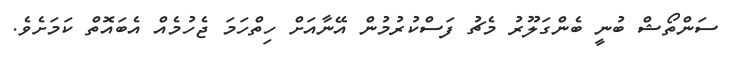
ސަންތޯޝް ބުނީ ބެންގަލޫރު މެޗު ފަސްކުރުމުން އޭނާއަށް ހިތްހަމަ ޖެހުމެއް އެބައޮތް ކަމަށެވެ.